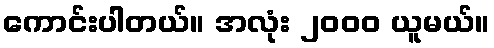
ကောင်းပါတယ်။ အလုံး ၂၀၀၀ ယူမယ်။